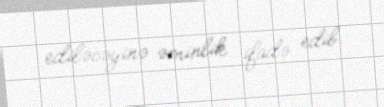
ediləcəyinə əminlik ifadə edib.